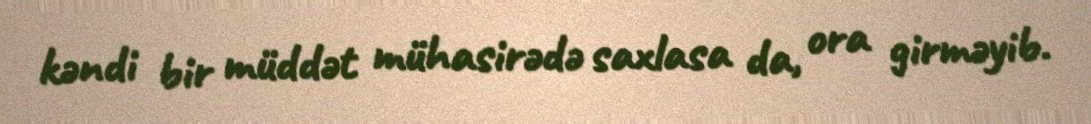
kəndi bir müddət mühasirədə saxlasa da, ora girməyib.